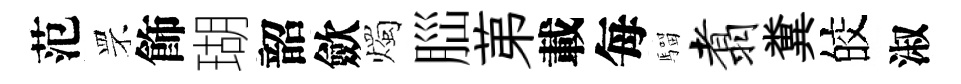
范罘飾瑚韶歛燭𦛁苐載每騮翥糞皎淑